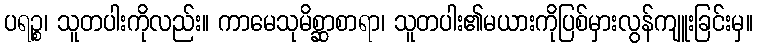
ပရဉ္စ၊ သူတပါးကိုလည်း။ ကာမေသုမိစ္ဆာစာရာ၊ သူတပါး၏မယားကိုပြစ်မှားလွန်ကျူးခြင်းမှ။